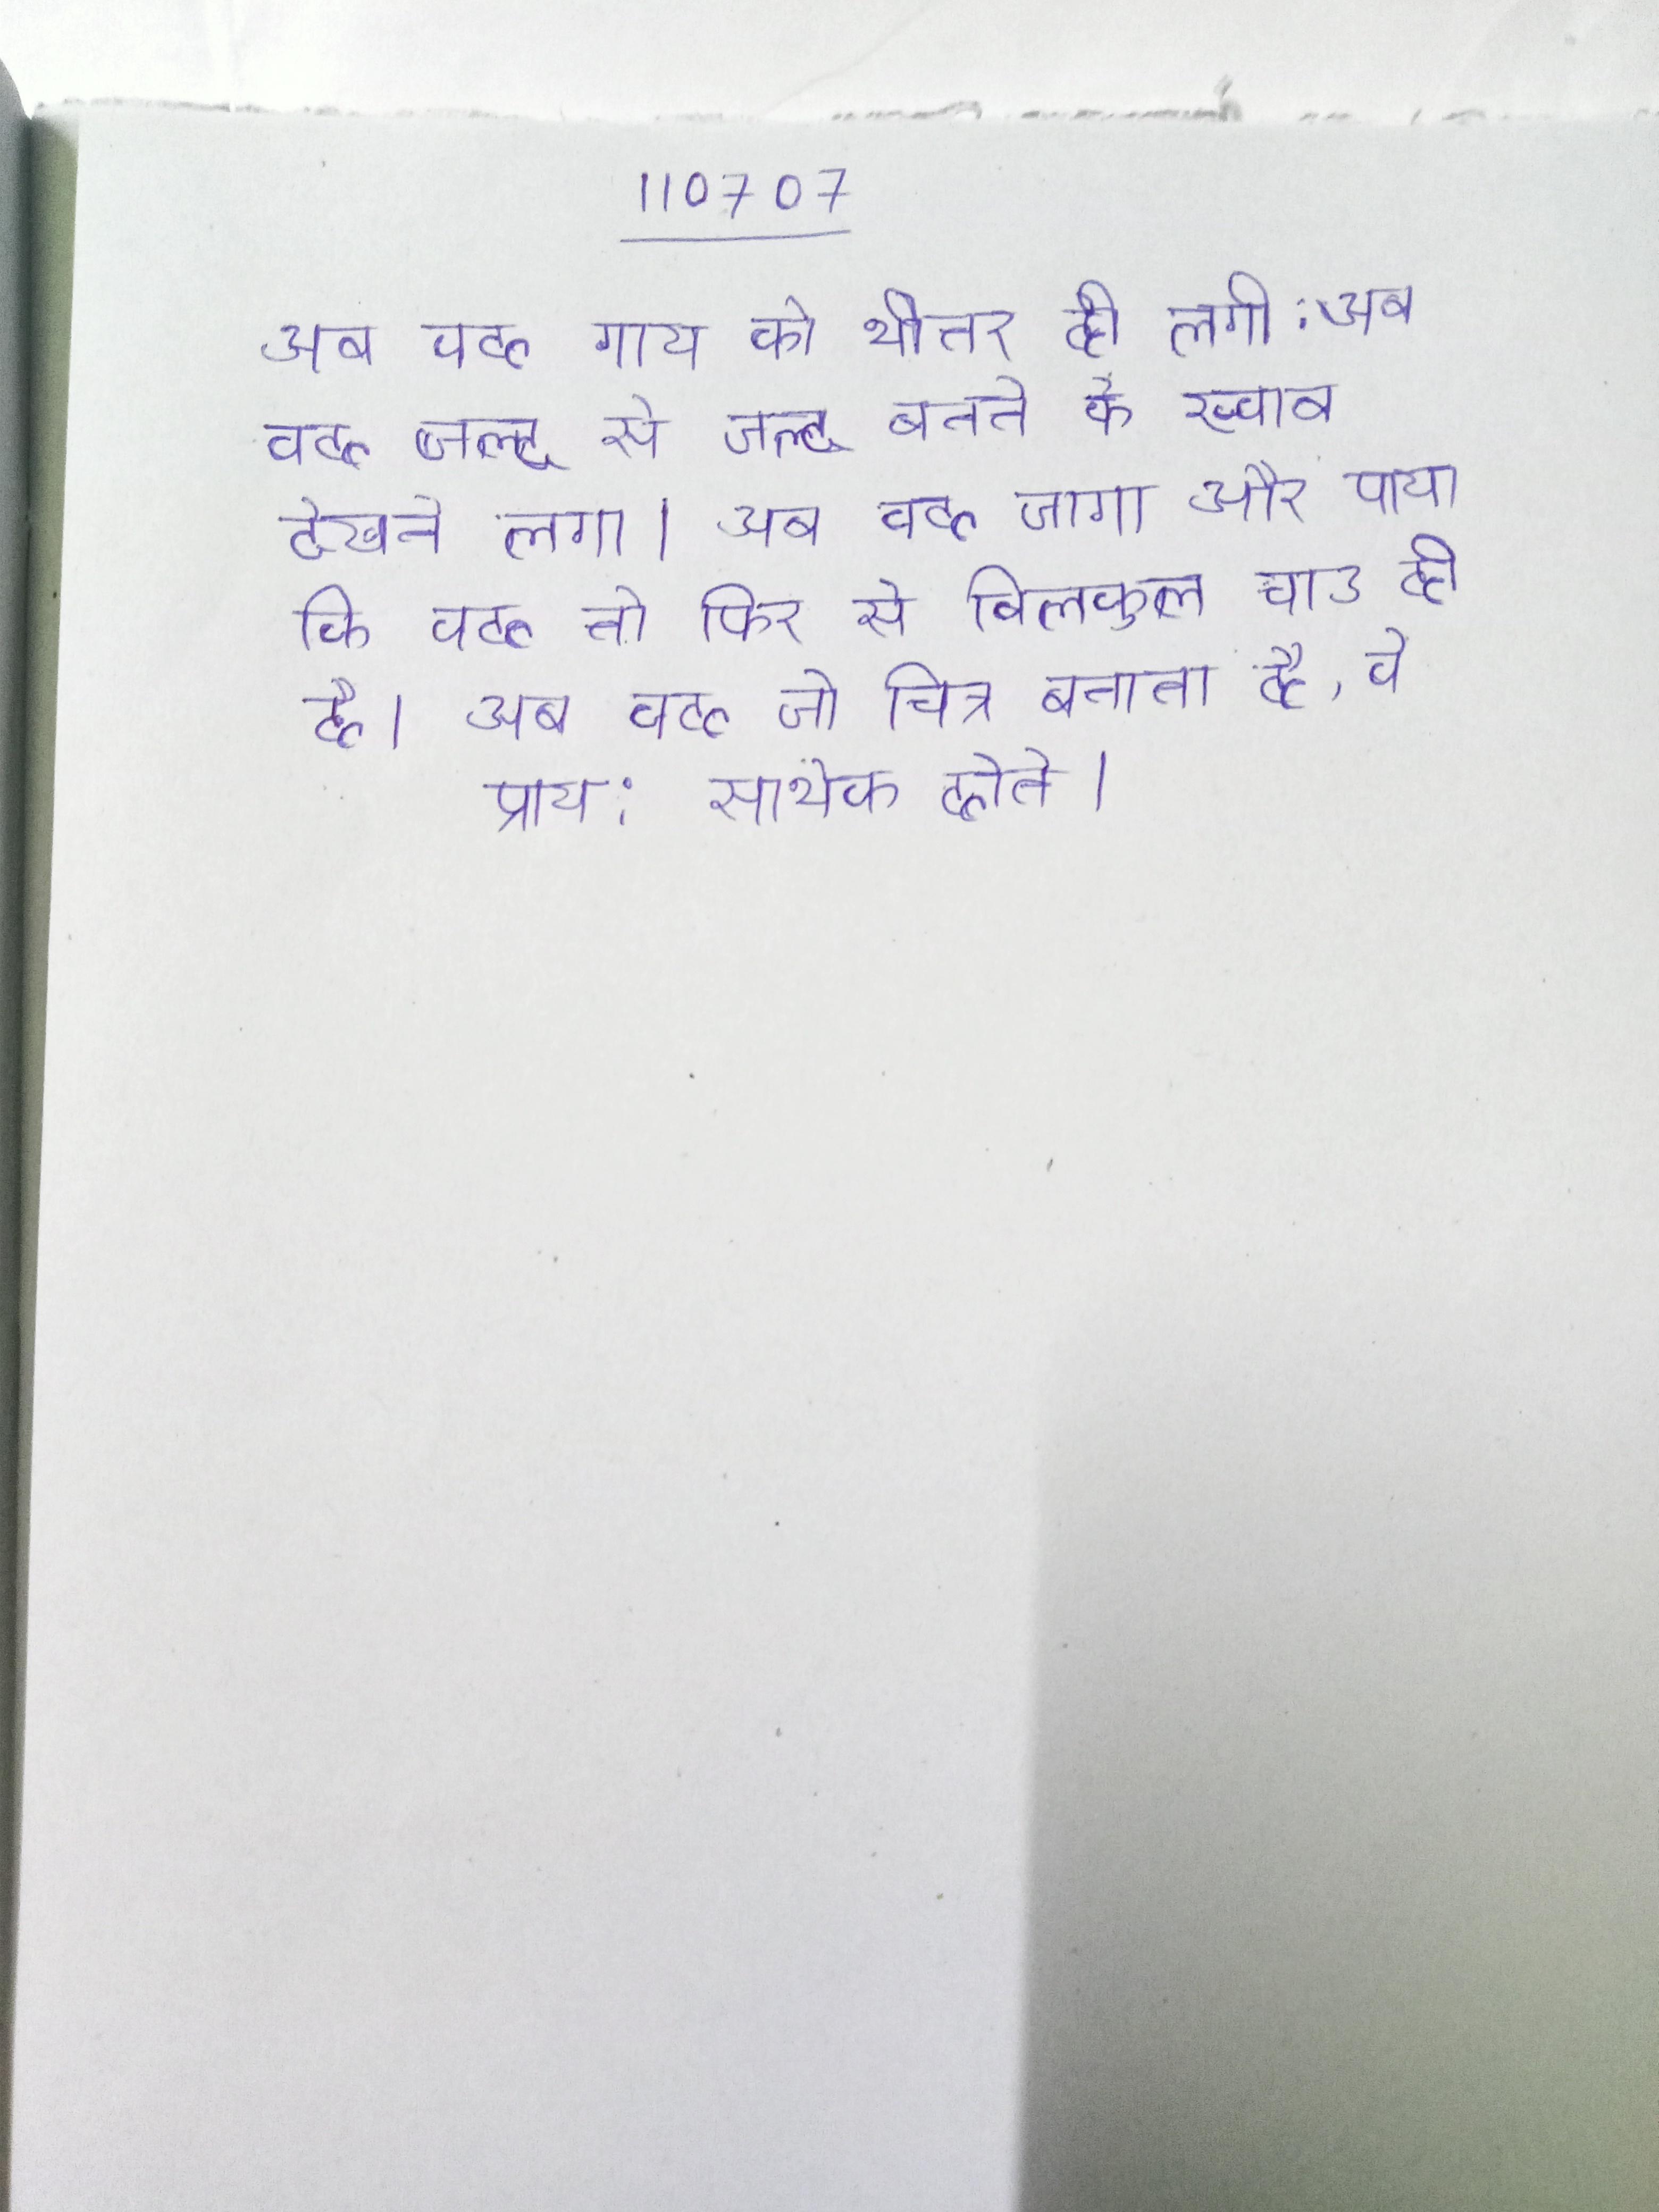
अब वह गाय को भीतर ही लगी . अब वह जल्द से जल्द बनने के ख्वाब देखने लगा । अब वह जागा और पाया कि वह तो फिर से बिलकुल चाउ ही है । अब वह जो चित्र बनाता है, वे प्राय: सार्थक होते ।